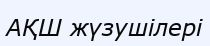
АҚШ жүзушілері